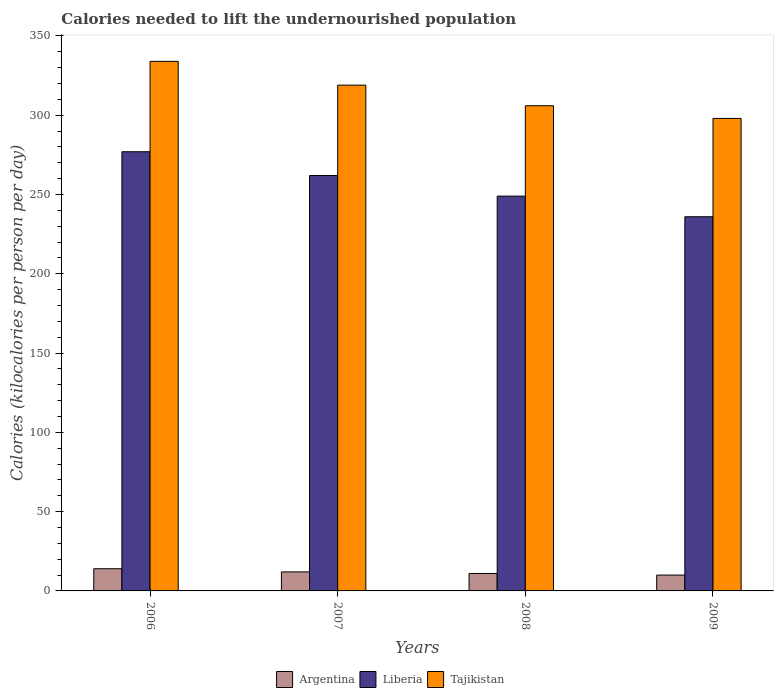
| Years | Argentina | Liberia | Tajikistan |
 | --- | --- | --- | --- |
 | 2006 | 14 | 277 | 334 |
 | 2007 | 12 | 262 | 319 |
 | 2008 | 11 | 249 | 306 |
 | 2009 | 10 | 236 | 298 |